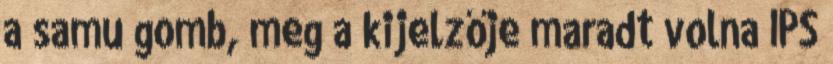
a samu gomb, meg a kijelzője maradt volna IPS